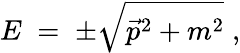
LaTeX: E\; =\; \pm\sqrt{\vec{p}^{2}+m^{2}}\; ,